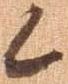
候